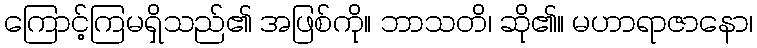
ကြောင့်ကြမရှိသည်၏ အဖြစ်ကို။ ဘာသတိ၊ ဆို၏။ မဟာရာဇာနော၊